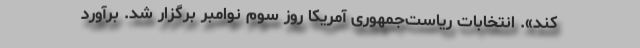
کند». انتخابات ریاست‌جمهوری آمریکا روز سوم نوامبر برگزار شد. برآورد